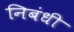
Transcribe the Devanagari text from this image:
निबंधी